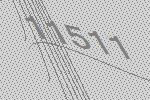
11511